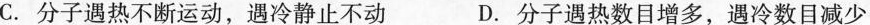
C.分子遇热不断运动，遇冷静止不动 D.分子遇热数目增多，遇冷数目减少